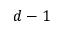
d - 1